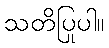
သတိပြုပါ။